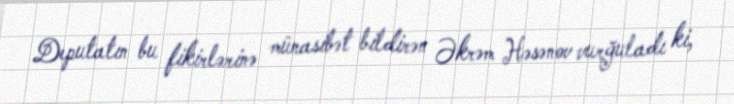
Deputatın bu fikirlərinə münasibət bildirən Əkrəm Həsənov vurğuladı ki,